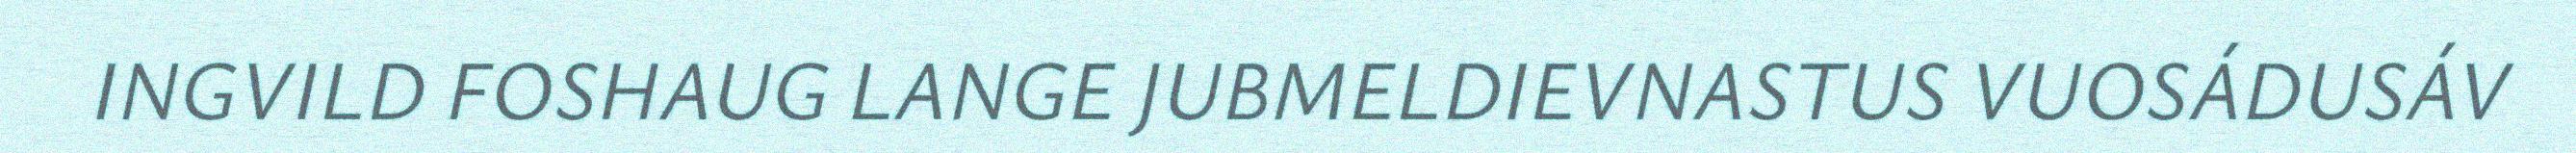
INGVILD FOSHAUG LANGE JUBMELDIEVNASTUS VUOSÁDUSÁV